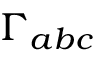
\Gamma _ { a b c }